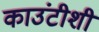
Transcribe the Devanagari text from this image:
काउंटीशी